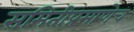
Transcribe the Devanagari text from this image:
समितीप्रमाणेच